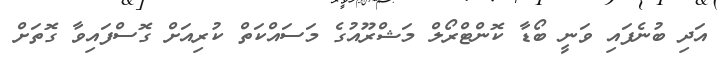
އަދި ބުނެފައި ވަނީ ބޯޑާ ކޮންޓްރޯލް މަޝްރޫއުގެ މަސައްކަތް ކުރިއަށް ގޮސްފައިވާ ގޮތަށް